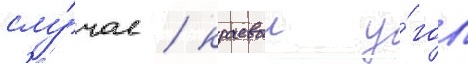
слу́чае / краевои у́гол